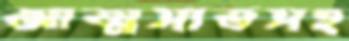
আত্মসাতসহ